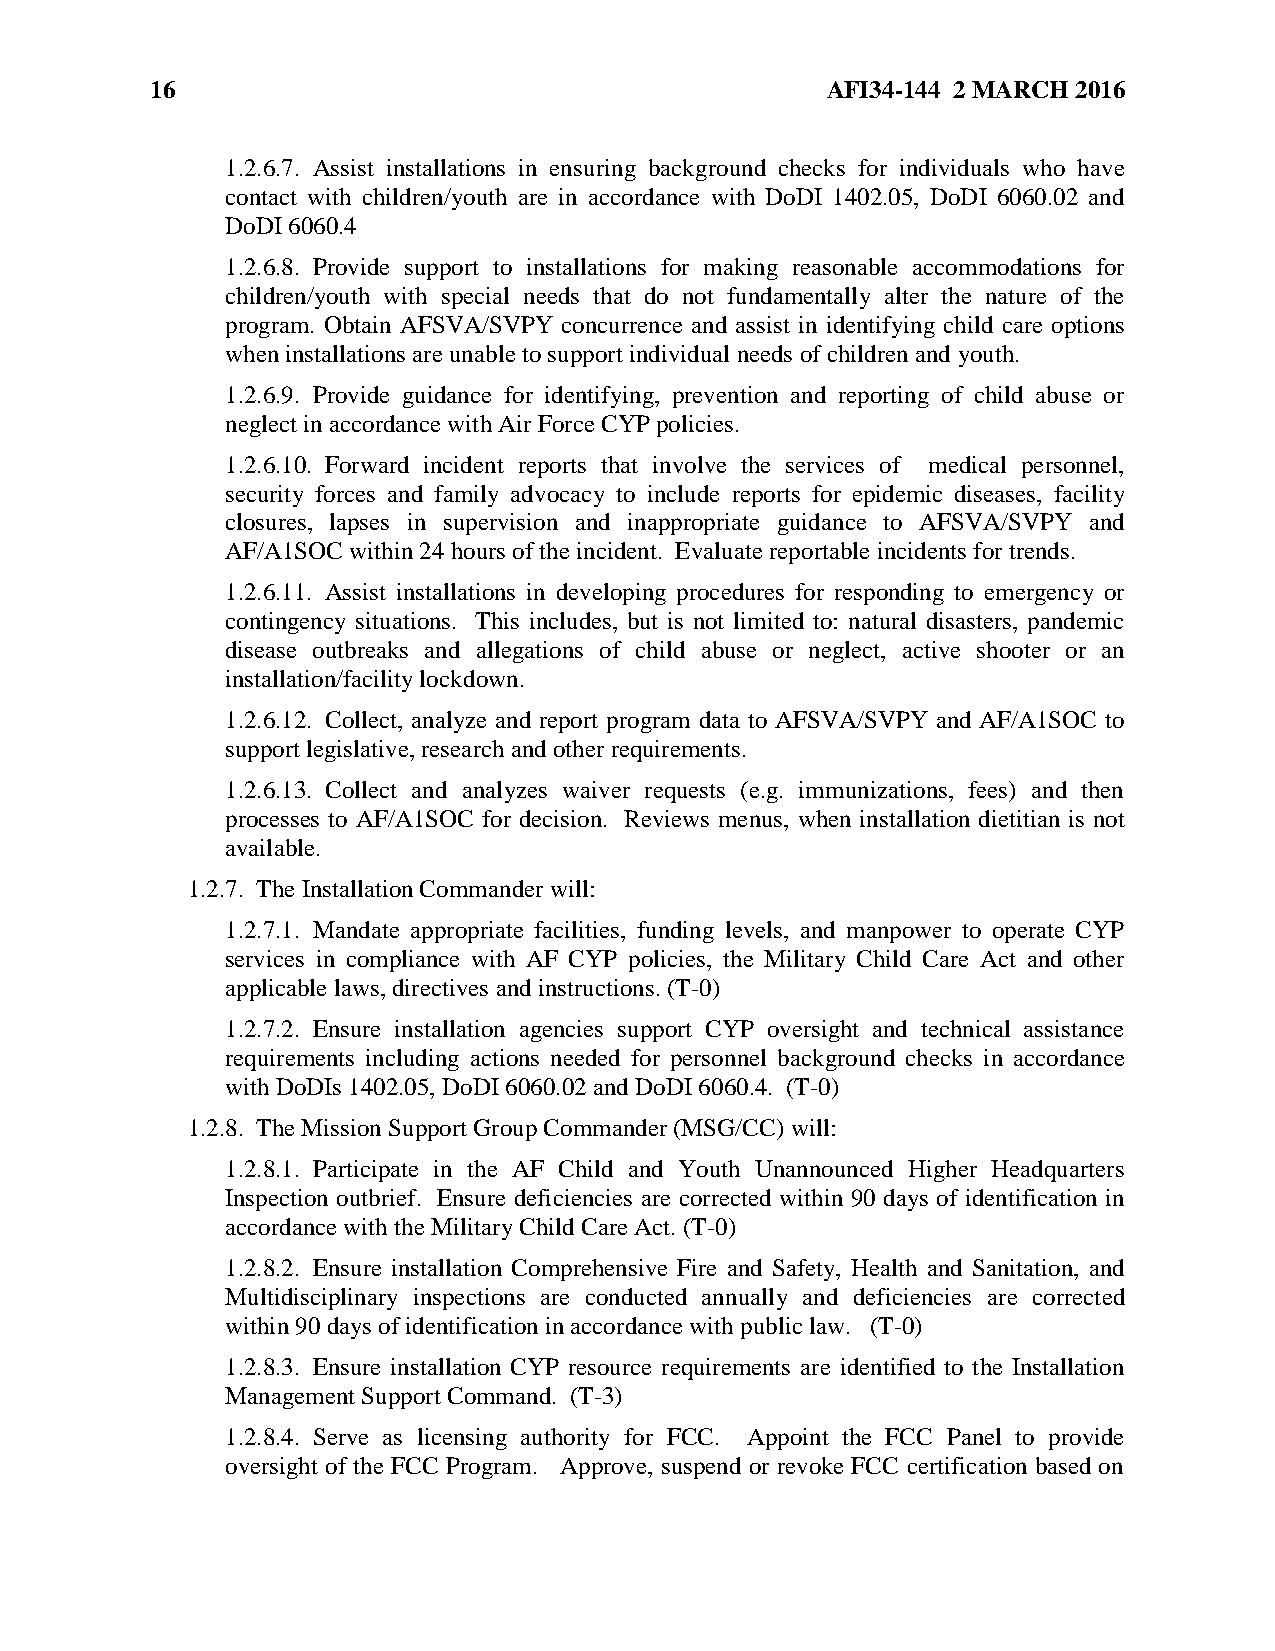
16                                           AFI34-144 2 MARCH 2016
 1.2.6.7. Assist installations in ensuring background checks for individuals who have
 contact with children/youth are in accordance with DoDI 1402.05, DoDI 6060.02 and
 DoDI 6060.4
 1.2.6.8. Provide support to installations for making reasonable accommodations for
 children/youth with special needs that do not fundamentally alter the nature of the
 program. Obtain AFSVA/SVPY concurrence and assist in identifying child care options
 when installations are unable to support individual needs of children and youth.
 1.2.6.9. Provide guidance for identifying, prevention and reporting of child abuse or
 neglect in accordance with Air Force CYP policies.
 1.2.6.10. Forward incident reports that involve the services of medical personnel,
 security forces and family advocacy to include reports for epidemic diseases, facility
 closures, lapses in supervision and inappropriate guidance to AFSVA/SVPY and
 AF/A1SOC within 24 hours of the incident. Evaluate reportable incidents for trends.
 1.2.6.11. Assist installations in developing procedures for responding to emergency or
 contingency situations. This includes, but is not limited to: natural disasters, pandemic
 disease outbreaks and allegations of child abuse or neglect, active shooter or an
 installation/facility lockdown.
 1.2.6.12. Collect, analyze and report program data to AFSVA/SVPY and AF/A1SOC to
 support legislative, research and other requirements.
 1.2.6.13. Collect and analyzes waiver requests (e.g. immunizations, fees) and then
 processes to AF/A1SOC for decision. Reviews menus, when installation dietitian is not
 available.
 1.2.7. The Installation Commander will:
 1.2.7.1. Mandate appropriate facilities, funding levels, and manpower to operate CYP
 services in compliance with AF CYP policies, the Military Child Care Act and other
 applicable laws, directives and instructions. (T-0)
 1.2.7.2. Ensure installation agencies support CYP oversight and technical assistance
 requirements including actions needed for personnel background checks in accordance
 with DoDIs 1402.05, DoDI 6060.02 and DoDI 6060.4. (T-0)
 1.2.8. The Mission Support Group Commander (MSG/CC) will:
 1.2.8.1. Participate in the AF Child and Youth Unannounced Higher Headquarters
 Inspection outbrief. Ensure deficiencies are corrected within 90 days of identification in
 accordance with the Military Child Care Act. (T-0)
 1.2.8.2. Ensure installation Comprehensive Fire and Safety, Health and Sanitation, and
 Multidisciplinary inspections are conducted annually and deficiencies are corrected
 within 90 days of identification in accordance with public law. (T-0)
 1.2.8.3. Ensure installation CYP resource requirements are identified to the Installation
 Management Support Command. (T-3)
 1.2.8.4. Serve as licensing authority for FCC. Appoint the FCC Panel to provide
 oversight of the FCC Program. Approve, suspend or revoke FCC certification based on